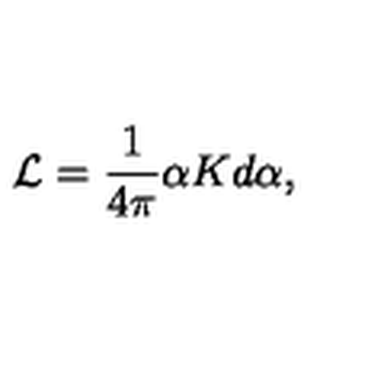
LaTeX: { \cal L } = \frac { 1 } { 4 \pi } \alpha K d \alpha ,